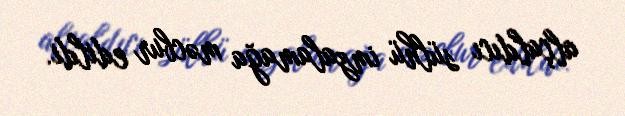
alçaldıcı sülhü imzalamağa məcbur edildi.